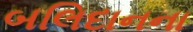
બલિદાનના